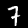
Label: 7